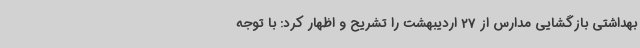
بهداشتی بازگشایی مدارس از 27 اردیبهشت را تشریح و اظهار کرد: با توجه